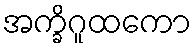
အက္ခိဂူထကော